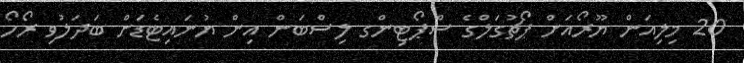
20 މިލިއަން ޔޫރޯއަށް ޕޯޗުގަލްގެ ސްޕޯޓިންގ ލިސްބަން އިން ޔުނައިޓެޑަށް ބަދަލުވި ރޯހޯ